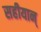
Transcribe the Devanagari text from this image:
सहीयान्